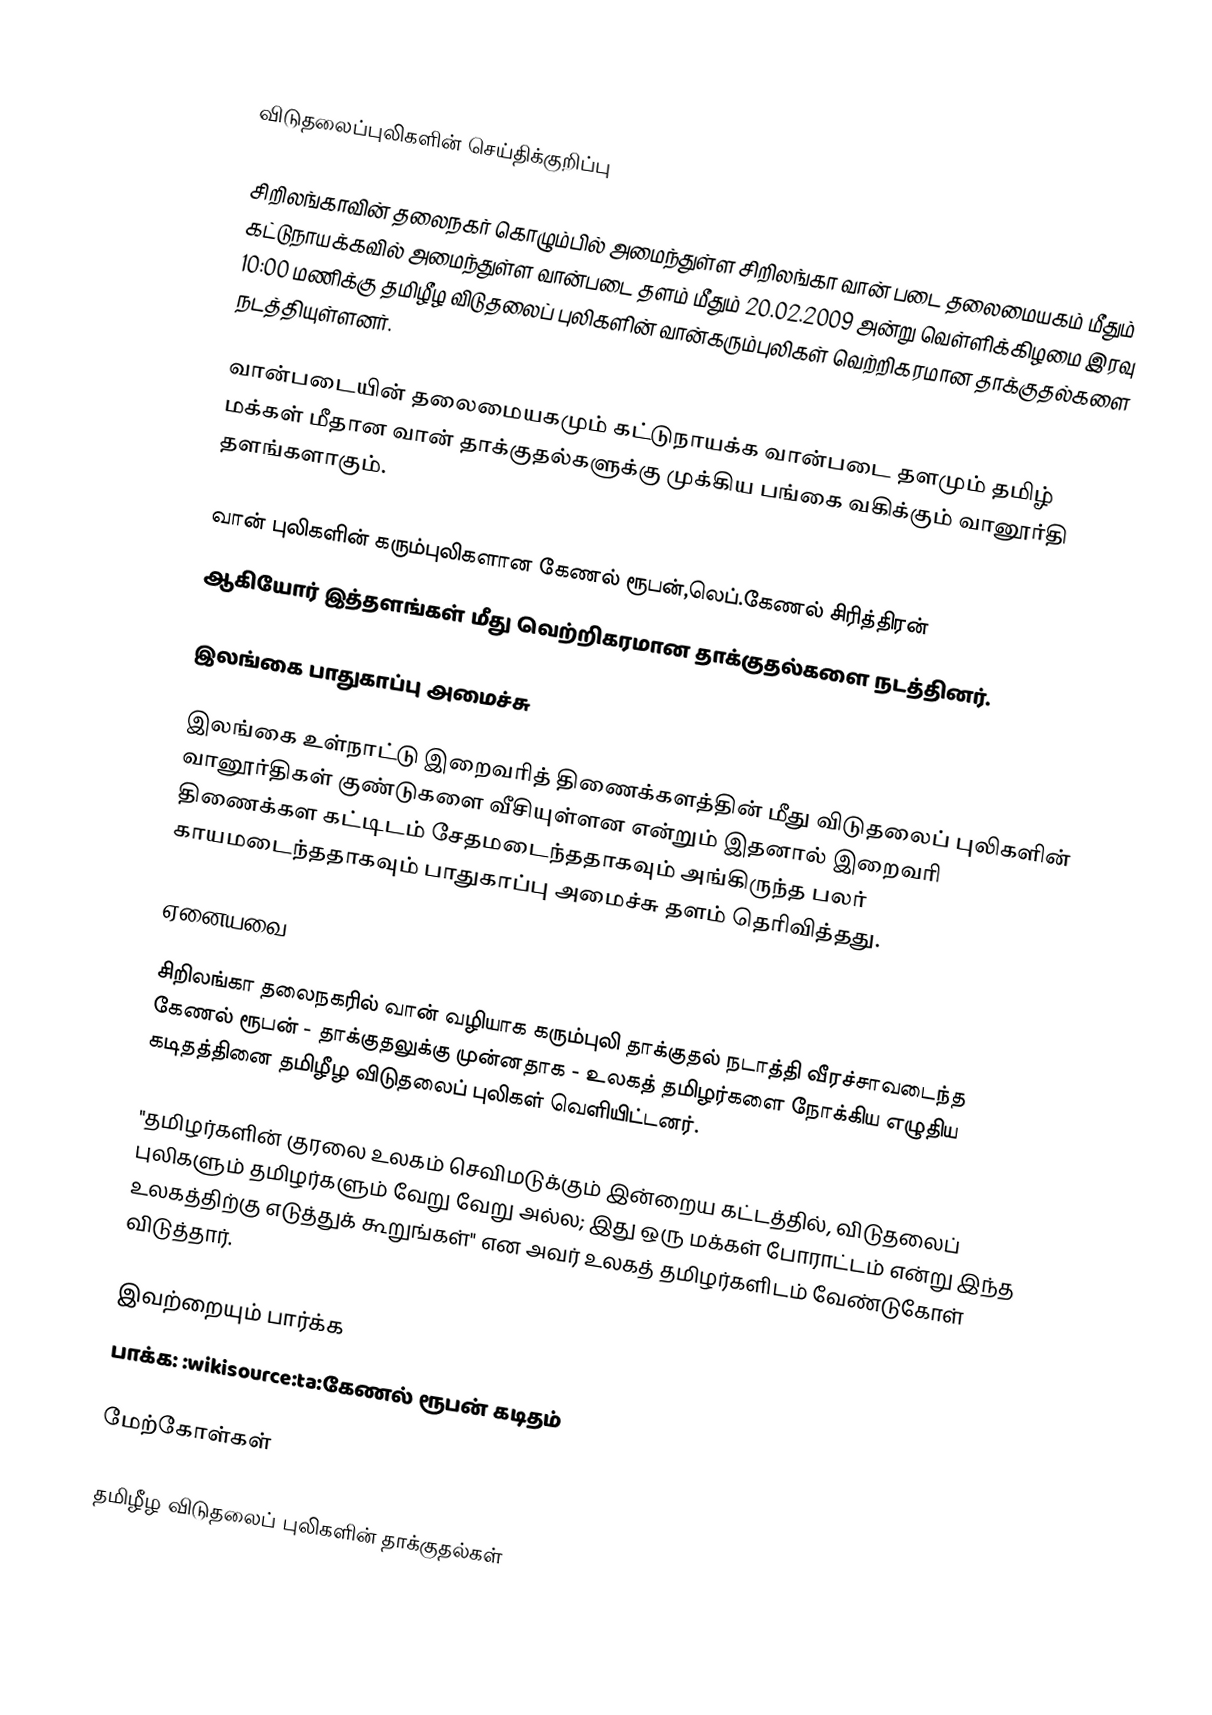

விடுதலைப்புலிகளின் செய்திக்குறிப்பு

சிறிலங்காவின் தலைநகர் கொழும்பில் அமைந்துள்ள சிறிலங்கா வான் படை தலைமையகம் மீதும் கட்டுநாயக்கவில் அமைந்துள்ள வான்படை தளம் மீதும் 20.02.2009 அன்று வெள்ளிக்கிழமை இரவு 10:00 மணிக்கு தமிழீழ விடுதலைப் புலிகளின் வான்கரும்புலிகள் வெற்றிகரமான தாக்குதல்களை நடத்தியுள்ளனர்.

வான்படையின் தலைமையகமும் கட்டுநாயக்க வான்படை தளமும் தமிழ் மக்கள் மீதான வான் தாக்குதல்களுக்கு முக்கிய பங்கை வகிக்கும் வானூர்தி தளங்களாகும்.

வான் புலிகளின் கரும்புலிகளான கேணல் ரூபன்,லெப்.கேணல் சிரித்திரன்
ஆகியோர் இத்தளங்கள் மீது வெற்றிகரமான தாக்குதல்களை நடத்தினர்.

இலங்கை பாதுகாப்பு அமைச்சு

இலங்கை உள்நாட்டு இறைவரித் திணைக்களத்தின் மீது விடுதலைப் புலிகளின் வானூர்திகள் குண்டுகளை வீசியுள்ளன என்றும்  இதனால் இறைவரி திணைக்கள கட்டிடம் சேதமடைந்ததாகவும் அங்கிருந்த பலர் காயமடைந்ததாகவும் பாதுகாப்பு அமைச்சு தளம் தெரிவித்தது.

ஏனையவை

சிறிலங்கா தலைநகரில் வான் வழியாக கரும்புலி தாக்குதல் நடாத்தி வீரச்சாவடைந்த கேணல் ரூபன் - தாக்குதலுக்கு முன்னதாக - உலகத் தமிழர்களை நோக்கிய எழுதிய கடிதத்தினை தமிழீழ விடுதலைப் புலிகள் வெளியிட்டனர்.

"தமிழர்களின் குரலை உலகம் செவிமடுக்கும் இன்றைய கட்டத்தில், விடுதலைப் புலிகளும் தமிழர்களும் வேறு வேறு அல்ல; இது ஒரு மக்கள் போராட்டம் என்று இந்த உலகத்திற்கு எடுத்துக் கூறுங்கள்" என அவர் உலகத் தமிழர்களிடம் வேண்டுகோள் விடுத்தார்.

இவற்றையும் பார்க்க
பாக்க: :wikisource:ta:கேணல் ரூபன் கடிதம்

மேற்கோள்கள்

தமிழீழ விடுதலைப் புலிகளின் தாக்குதல்கள்